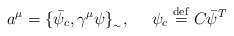
\begin{align*}a^{\mu } = \{ \bar{\psi }_{c},\gamma ^{\mu }\psi \}_{_{ \sim }} , \ \ \ \ \psi_{c} \stackrel{ \mathrm{def}}{=} C\bar{\psi }^{T} \end{align*}